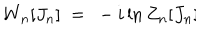
W _ { n } [ J _ { n } ] \ = \ - i \ln Z _ { n } [ J _ { n } ] \hspace { 1 . 5 c m } . \hspace { 0 . 5 c m } \,